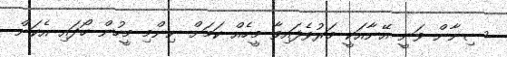
ސިނާން ވަނީ އޭނާއަކީ މަރުވެފައިވާ މީހެއް ކަމަށް ނިންމި މީހުން ހޯދައި އެކަން